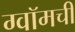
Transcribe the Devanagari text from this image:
ग्वॉमची